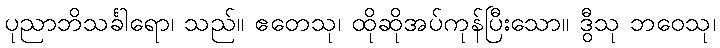
ပုညာဘိသင်္ခါရော၊ သည်။ ဧတေသု၊ ထိုဆိုအပ်ကုန်ပြီးသော။ ဒွီသု ဘဝေသု၊